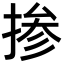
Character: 掺